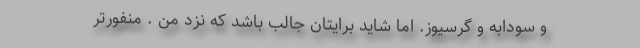
و سودابه و گرسیوز. اما شاید برایتان جالب باشد که نزد من . منفورتر